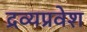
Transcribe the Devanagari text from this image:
द्रव्यप्रवेश